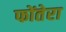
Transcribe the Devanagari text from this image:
फोंतेरा